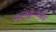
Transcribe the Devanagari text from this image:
कदंबकुलातील